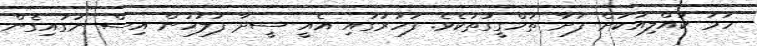
ހަމަ ކުއްލިއަކަށް ފަށާ ތަހްގީގުތަކެވެ. ފަހަރުގައި އެއީ ސީދާ ފުލުހުން އިސް ނަގައިގެން